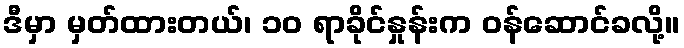
ဒီမှာ မှတ်ထားတယ်၊ ၁၀ ရာခိုင်နှုန်းက ဝန်ဆောင်ခလို့။